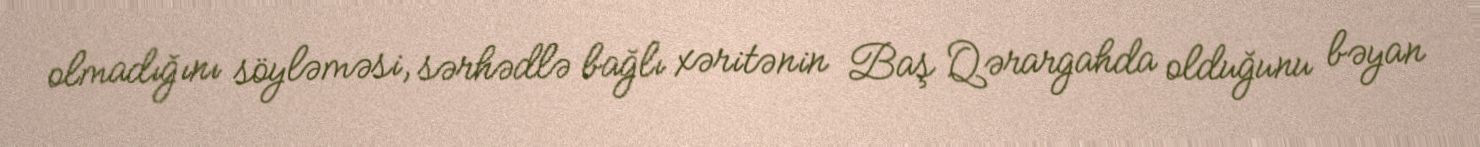
olmadığını söyləməsi, sərhədlə bağlı xəritənin Baş Qərargahda olduğunu bəyan